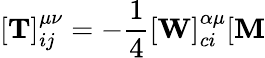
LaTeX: [{\mathbf T}]_{ij}^{\mu\nu}=-{\frac 14}[{\mathbf W}]_{ci}^{\alpha\mu}[{\mathbf M}